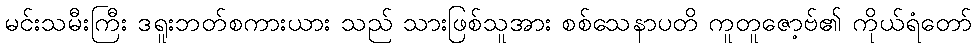
မင်းသမီးကြီး ဒရူးဘတ်စကားယား သည် သားဖြစ်သူအား စစ်သေနာပတိ ကူတူဇော့ဗ်၏ ကိုယ်ရံတော်